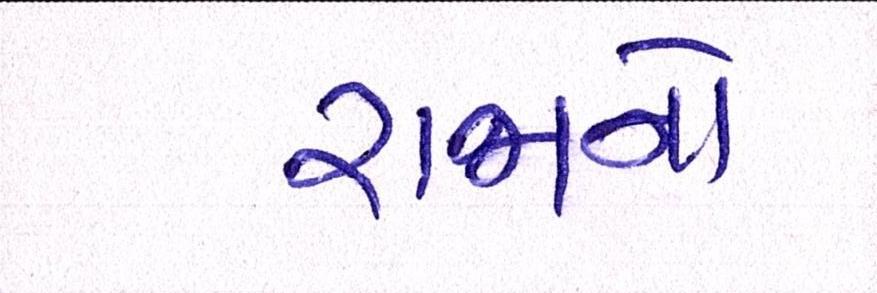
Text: રાજાનો